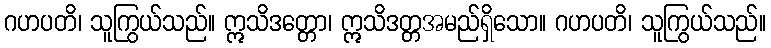
ဂဟပတိ၊ သူကြွယ်သည်။ ဣသိဒတ္တော၊ ဣသိဒတ္တအမည်ရှိသော။ ဂဟပတိ၊ သူကြွယ်သည်။